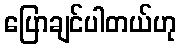
ပြောချင်ပါတယ်ဟု